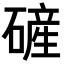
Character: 𪿴